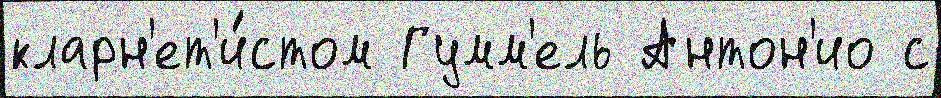
кларн'ет'и́стом Гумм'ель Антон'ио с